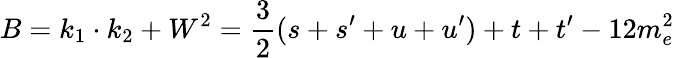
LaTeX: B=k_{1}\cdot k_{2}+W^{2}=\frac{3}{2}(s+s^{\prime}+u+u^{\prime})+t+t^{\prime}-12m_{e}^{2}